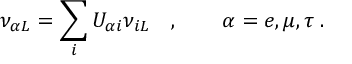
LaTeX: \nu _ { { \alpha } L } = \sum _ { i } U _ { { \alpha } i } \nu _ { i L } \quad , \qquad \alpha = e , \mu , \tau \; .